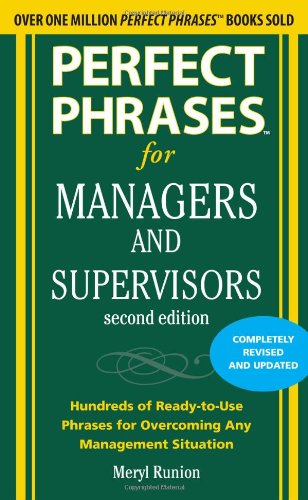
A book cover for Perfect Phrases for Managers and Supervisors, Second Edition (Perfect Phrases Series); Meryl Runion; Business & Money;